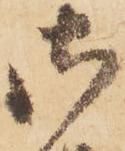
御